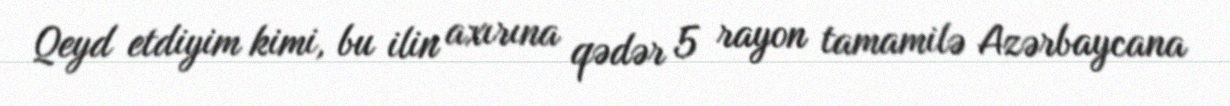
Qeyd etdiyim kimi, bu ilin axırına qədər 5 rayon tamamilə Azərbaycana